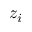
z _ { i }